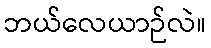
ဘယ်လေယာဉ်လဲ။